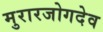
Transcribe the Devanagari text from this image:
मुरारजोगदेव